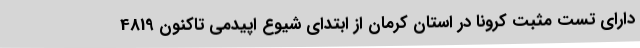
دارای تست مثبت کرونا در استان کرمان از ابتدای شیوع اپیدمی تاکنون 4819